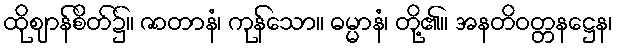
ထိုဈာန်စိတ်၌။ ဇာတာနံ၊ ကုန်သော။ ဓမ္မာနံ၊ တို့၏။ အနတိဝတ္တနဋ္ဌေန၊